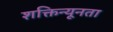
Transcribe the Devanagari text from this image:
शक्तिन्यूनता